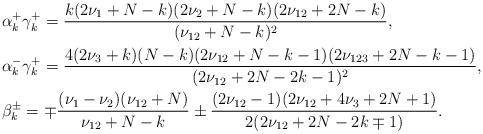
LaTeX: \begin{align*} &\alpha^+_{k} \gamma_k^+ =\frac{k(2\nu_1+N-k)(2\nu_2+N-k)(2\nu_{12}+2N-k)}{(\nu_{12}+N-k)^2},\\&\alpha^-_{k} \gamma_{k}^+ = \frac{4(2\nu_3+k)(N-k)(2\nu_{12}+N-k-1)(2\nu_{123}+2N-k-1)}{(2\nu_{12}+2N-2k-1)^2},\\&\beta^\pm_k= \mp \frac{(\nu_1-\nu_2)(\nu_{12}+N)}{\nu_{12}+N-k} \pm \frac{(2\nu_{12}-1)(2\nu_{12}+4\nu_3+2N+1)}{2(2\nu_{12}+2N-2k \mp1)}.\end{align*}